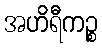
အဟိရီကဉ္စ